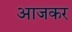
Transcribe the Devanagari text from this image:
आजकर